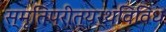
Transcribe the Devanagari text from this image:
स्मृतिप्रीत्यर्थविविध